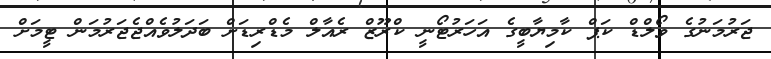
ޖަރުމަނުގެ ވޯލްޑް ކަޕް ކާމިޔާބީގެ އަހަރުޓޯނީ ކްރޫޒް ރެއާލް މެޑްރިޑަށް ބަދަލުވެއްޖެޖަރުމަން ޓީމަށް